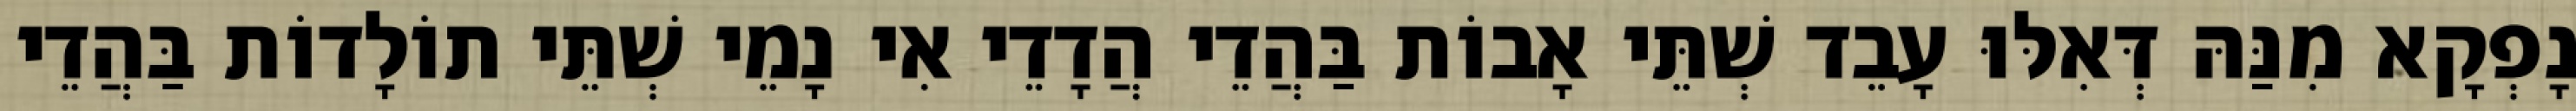
נָפְקָא מִנַּהּ דְּאִלּוּ עָבֵד שְׁתֵּי אָבוֹת בַּהֲדֵי הֲדָדֵי אִי נָמֵי שְׁתֵּי תוֹלָדוֹת בַּהֲדֵי